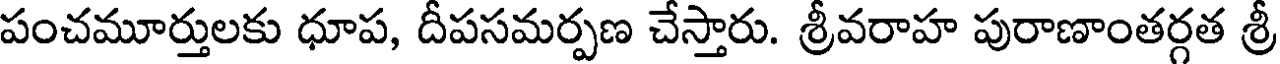
పంచమూర్తులకు ధూప, దీపసమర్పణ చేస్తారు. శ్రీవరాహ పురాణాంతర్గత శ్రీ